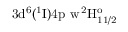
\mathrm { 3 d ^ { 6 } ( ^ { 1 } I ) 4 p \ w \, ^ { 2 } H _ { 1 1 / 2 } ^ { o } }